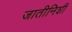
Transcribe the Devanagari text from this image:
जातीनिशी